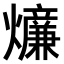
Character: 𤒄